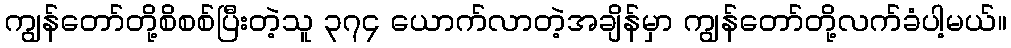
ကျွန်တော်တို့စိစစ်ပြီးတဲ့သူ ၃၇၄ ယောက်လာတဲ့အချိန်မှာ ကျွန်တော်တို့လက်ခံပါ့မယ်။